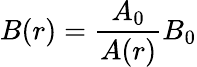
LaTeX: B(r)=\frac{A_{0}}{A(r)}B_{0}